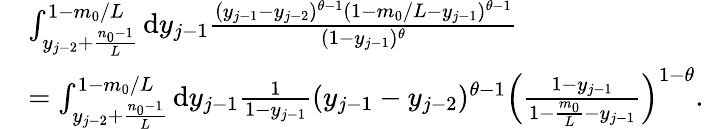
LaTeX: \begin{array}{rl}&{\int_{y_{j-2}+\frac{n_{0}-1}{L}}^{1-m_{0}/L}\mathrm{d}y_{j-1}\frac{(y_{j-1}-y_{j-2})^{\theta-1}(1-m_{0}/L-y_{j-1})^{\theta-1}}{(1-y_{j-1})^{\theta}}}\\ &{=\int_{y_{j-2}+\frac{n_{0}-1}{L}}^{1-m_{0}/L}\mathrm{d}y_{j-1}\frac{1}{1-y_{j-1}}(y_{j-1}-y_{j-2})^{\theta-1}\left(\frac{1-y_{j-1}}{1-\frac{m_{0}}{L}-y_{j-1}}\right)^{1-\theta}.}\end{array}